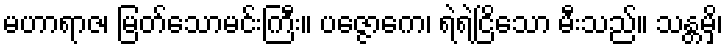
မဟာရာဇ၊ မြတ်သောမင်းကြီး။ ပဇ္ဇောကေ၊ ရဲရဲငြိသော မီးသည်။ သန္တမှိ၊